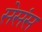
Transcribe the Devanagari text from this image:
सेसंस